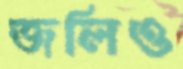
জলিও